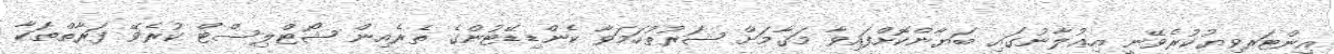
އިންޓަރވިޔުކުރެވޭނީ އިޢުލާނުގައި ބަޔާންކޮށްފައިވާ މަޤާމަށް ޝަރުޠުހަމަވާ ކެންޑިޑޭޓުންގެ ތެރެއިން ޝޯޓްލިސްޓް ކުރެވޭ ފަރާތްތަކާ